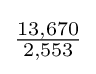
{\tfrac {13,670}{2,553}}